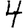
Digit: 4